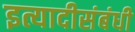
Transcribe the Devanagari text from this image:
इत्यादीसंबंधी